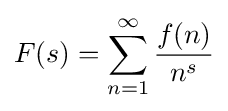
F(s)=\sum _{n=1}^{\infty }{\frac {f(n)}{n^{s}}}